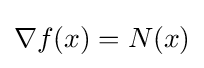
\nabla f(x)=N(x)